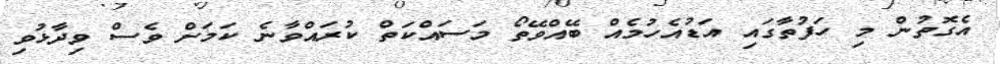
އެގޮތުން މި ހަފުތާގައި އަޑުއެހުމެއް ބޭއްވޭތޯ މަސައްކަތް ކުރައްވާނެ ކަމަށް ވެސް ވިދާޅުވި